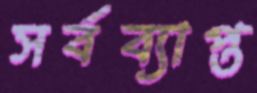
সর্বব্যাপ্ত